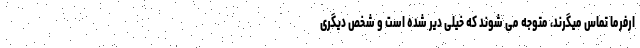
ارفرما تماس میگرند، متوجه می شوند که خیلی دیر شده است و شخص دیگری